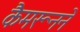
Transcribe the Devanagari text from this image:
कैमरूनने